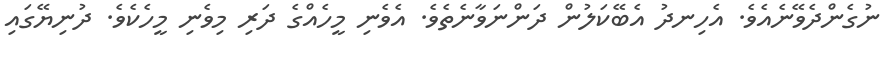
ނުގެންދެވޭނެއެވެ. އެހިނދު އެބޭކަލުން ދަންނަވާނެތެވެ. އެވެނި މީހެއްގެ ދަރި މިވެނި މީހެކެވެ. ދުނިޔޭގައި